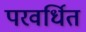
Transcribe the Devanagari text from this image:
परवर्धित